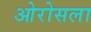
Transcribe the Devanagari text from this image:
ओरोसला